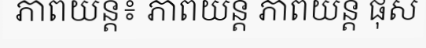
ភាពយន្ត៖ ភាពយន្ត ភាពយន្ត ផុស